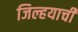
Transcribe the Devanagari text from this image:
जिल्हयाची